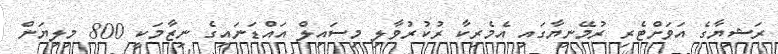
ރަޝިޔާގެ އަވަށްޓެރި ރުމޭނިޔާގައި އެމެރިކާ ރުކުރުވާލި މިސައިލް އައްޑަނައިގެ ނިޒާމަކީ 800 މިލިޔަން